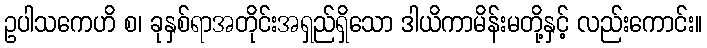
ဥပါသကေဟိ စ၊ ခုနှစ်ရာအတိုင်းအရှည်ရှိသော ဒါယိကာမိန်းမတို့နှင့် လည်းကောင်း။